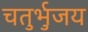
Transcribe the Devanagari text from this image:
चतुर्भुजय